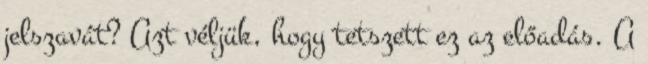
jelszavát? Azt véljük, hogy tetszett ez az előadás. A